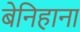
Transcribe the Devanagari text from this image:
बेनिहाना